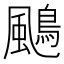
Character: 𩘲